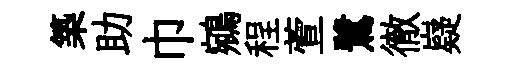
築助巾鵷程萱鷺徹嶷